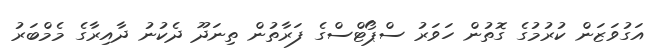
އަގުވަޒަން ކުރުމުގެ ގޮތުން ހަވަރު ސްޕޯޓްސްގެ ފަރާތުން ތިނަދޫ ދެކުނު ދާއިރާގެ މެމްބަރު